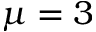
\mu = 3